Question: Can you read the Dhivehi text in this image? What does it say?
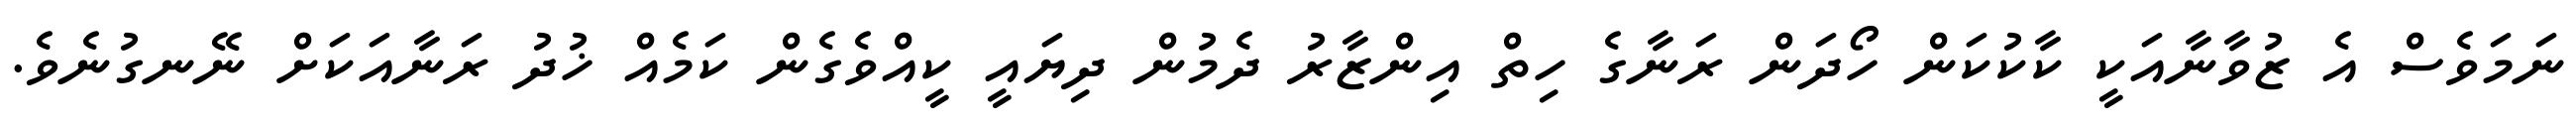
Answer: ނަމަވެސް އެ ޒުވާނާއަކީ ކާކުކަން ހޯދަން ރަނާގެ ހިތް އިންޒާރު ދެމުން ދިޔައީ ކީއްވެގެން ކަމެއް ޚުދު ރަނާއަކަށް ނޭނގުނެވެ.